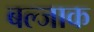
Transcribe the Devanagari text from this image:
बल्जाक